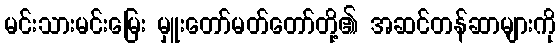
မင်းသားမင်းမြေး မှူးတော်မတ်တော်တို့၏ အဆင်တန်ဆာများကို